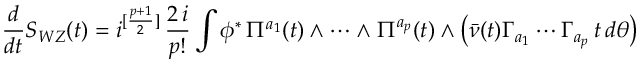
\frac { d } { d t } S _ { W Z } ( t ) = i ^ { [ \frac { p + 1 } { 2 } ] } \, \frac { 2 \, i } { p ! } \int \phi ^ { * } \, \Pi ^ { a _ { 1 } } ( t ) \wedge \cdots \wedge \Pi ^ { a _ { p } } ( t ) \wedge \left( \bar { \nu } ( t ) \Gamma _ { a _ { 1 } } \cdots \Gamma _ { a _ { p } } \, t \, d \theta \right)